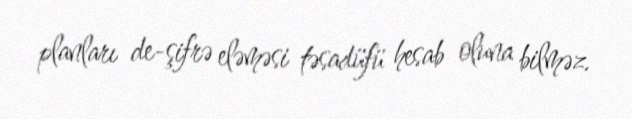
planları de-şifrə eləməsi təsadüfü hesab oluna bilməz.